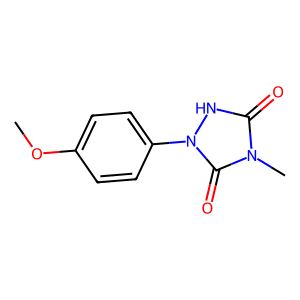
SMILES: COc1ccc(-n2[nH]c(=O)n(C)c2=O)cc1
Inhibits HIV replication: No